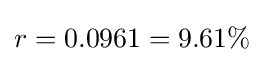
r=0.0961=9.61\%